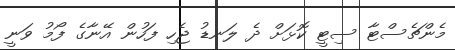
މެންޗެސްޓާ ސިޓީ ކޮޅަށް ދެ ލަނޑު ޖެހި ފަހުން އޭނާގެ ފޯމު ވަނީ